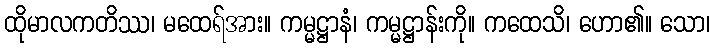
ထိုမာလကတိဿ၊ မထေရ်အား။ ကမ္မဋ္ဌာနံ၊ ကမ္မဋ္ဌာန်းကို။ ကထေသိ၊ ဟော၏။ သော၊